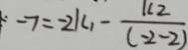
- 7 = - 2 k _ { 1 } - \frac { k 2 } { ( - 2 - 2 ) }